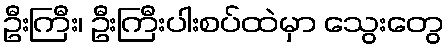
ဦးကြီး၊ ဦးကြီးပါးစပ်ထဲမှာ သွေးတွေ